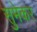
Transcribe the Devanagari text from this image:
सुमेकर